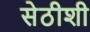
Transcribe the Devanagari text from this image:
सेठीशी